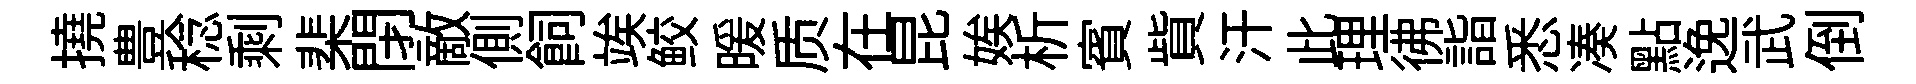
撓豊稔剩棐閉敵側飼竢鲛暖质在昆娭析賓貲汗此理彿詣悉凑點𨓜武倒